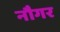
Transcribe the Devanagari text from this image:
नौगर